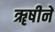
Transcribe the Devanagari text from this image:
ॠषीनें